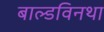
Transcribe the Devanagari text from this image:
बाल्डविनथा